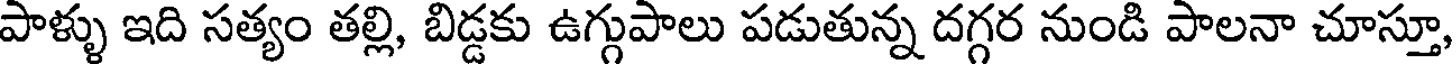
పాళ్ళు ఇది సత్యం తల్లి, బిడ్డకు ఉగ్గుపాలు పడుతున్న దగ్గర నుండి పాలనా చూస్తూ,